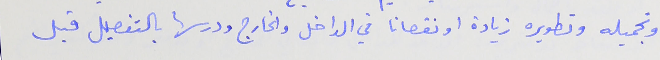
وتجميله وتطويره زيادة او نقصانا في الداخل والخارج ودرسها بالتفصيل قبل